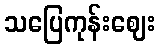
သပြေကုန်းဈေး